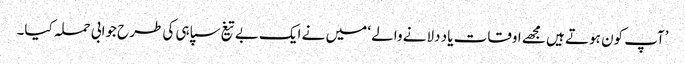
’آپ کون ہوتے ہیں مجھے اوقات یاد دلانے والے ‘ میں نے ایک بے تیغ سپاہی کی طرح جوابی حملہ کیا۔